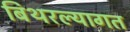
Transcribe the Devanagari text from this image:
बिथरल्यागत